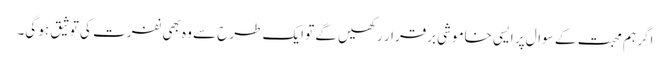
اگر ہم محبت کے سوال پر ایسی خاموشی برقرار رکھیں گے تو ایک طرح سے وہ بھی نفرت کی توثیق ہو گی۔